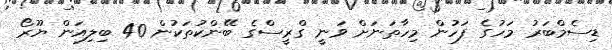
ޑިސެމްބަރު މަހުގެ ފަހުން މިހާތަނަށް ވަނީ ގްރީސްގެ ބޭންކުތަކުން 40 ބިލިއަން ޔޫރޯ